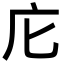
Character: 庀